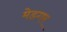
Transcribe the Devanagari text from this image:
मेडगर